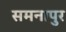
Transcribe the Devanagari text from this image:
समनापुर